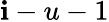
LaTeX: \mathbf{i}-u-1